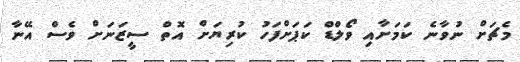
މެޗަށް ނުވާނެ ކަމަށާއި ވޯލްޑް ކަޕަށްފަހު ކުރިޔަށް އޮތް ސީޒަނަށް ވެސް އޭނާ